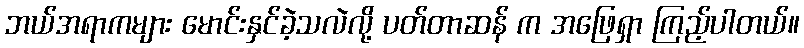
ဘယ်အရာကများ မောင်းနှင်ခဲ့သလဲလို့ ပတ်တာဆန် က အဖြေရှာ ကြည့်ပါတယ်။